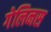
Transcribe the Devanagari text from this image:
गेलिनस